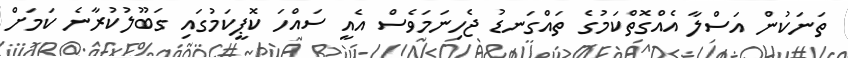
ތަނަކުން އަސްލާ އެއްގޮތްކަމުގެ ތައްގަނޑު ޖެހިނަމަވެސް އެއީ ސައްހަ ކޮޕީކަމުގައި ގަބޫލުކުރާނެ ކަމަށް